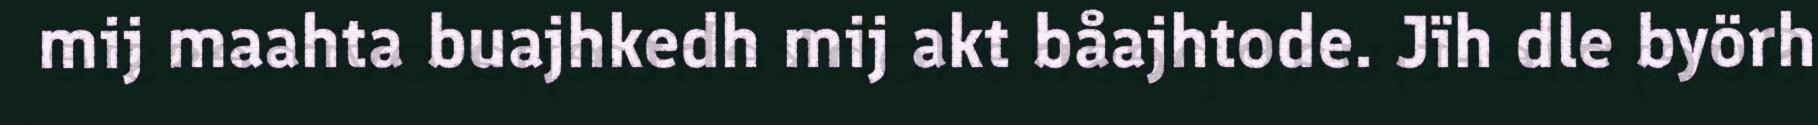
mij maahta buajhkedh mij akt båajhtode. Jïh dle byörh